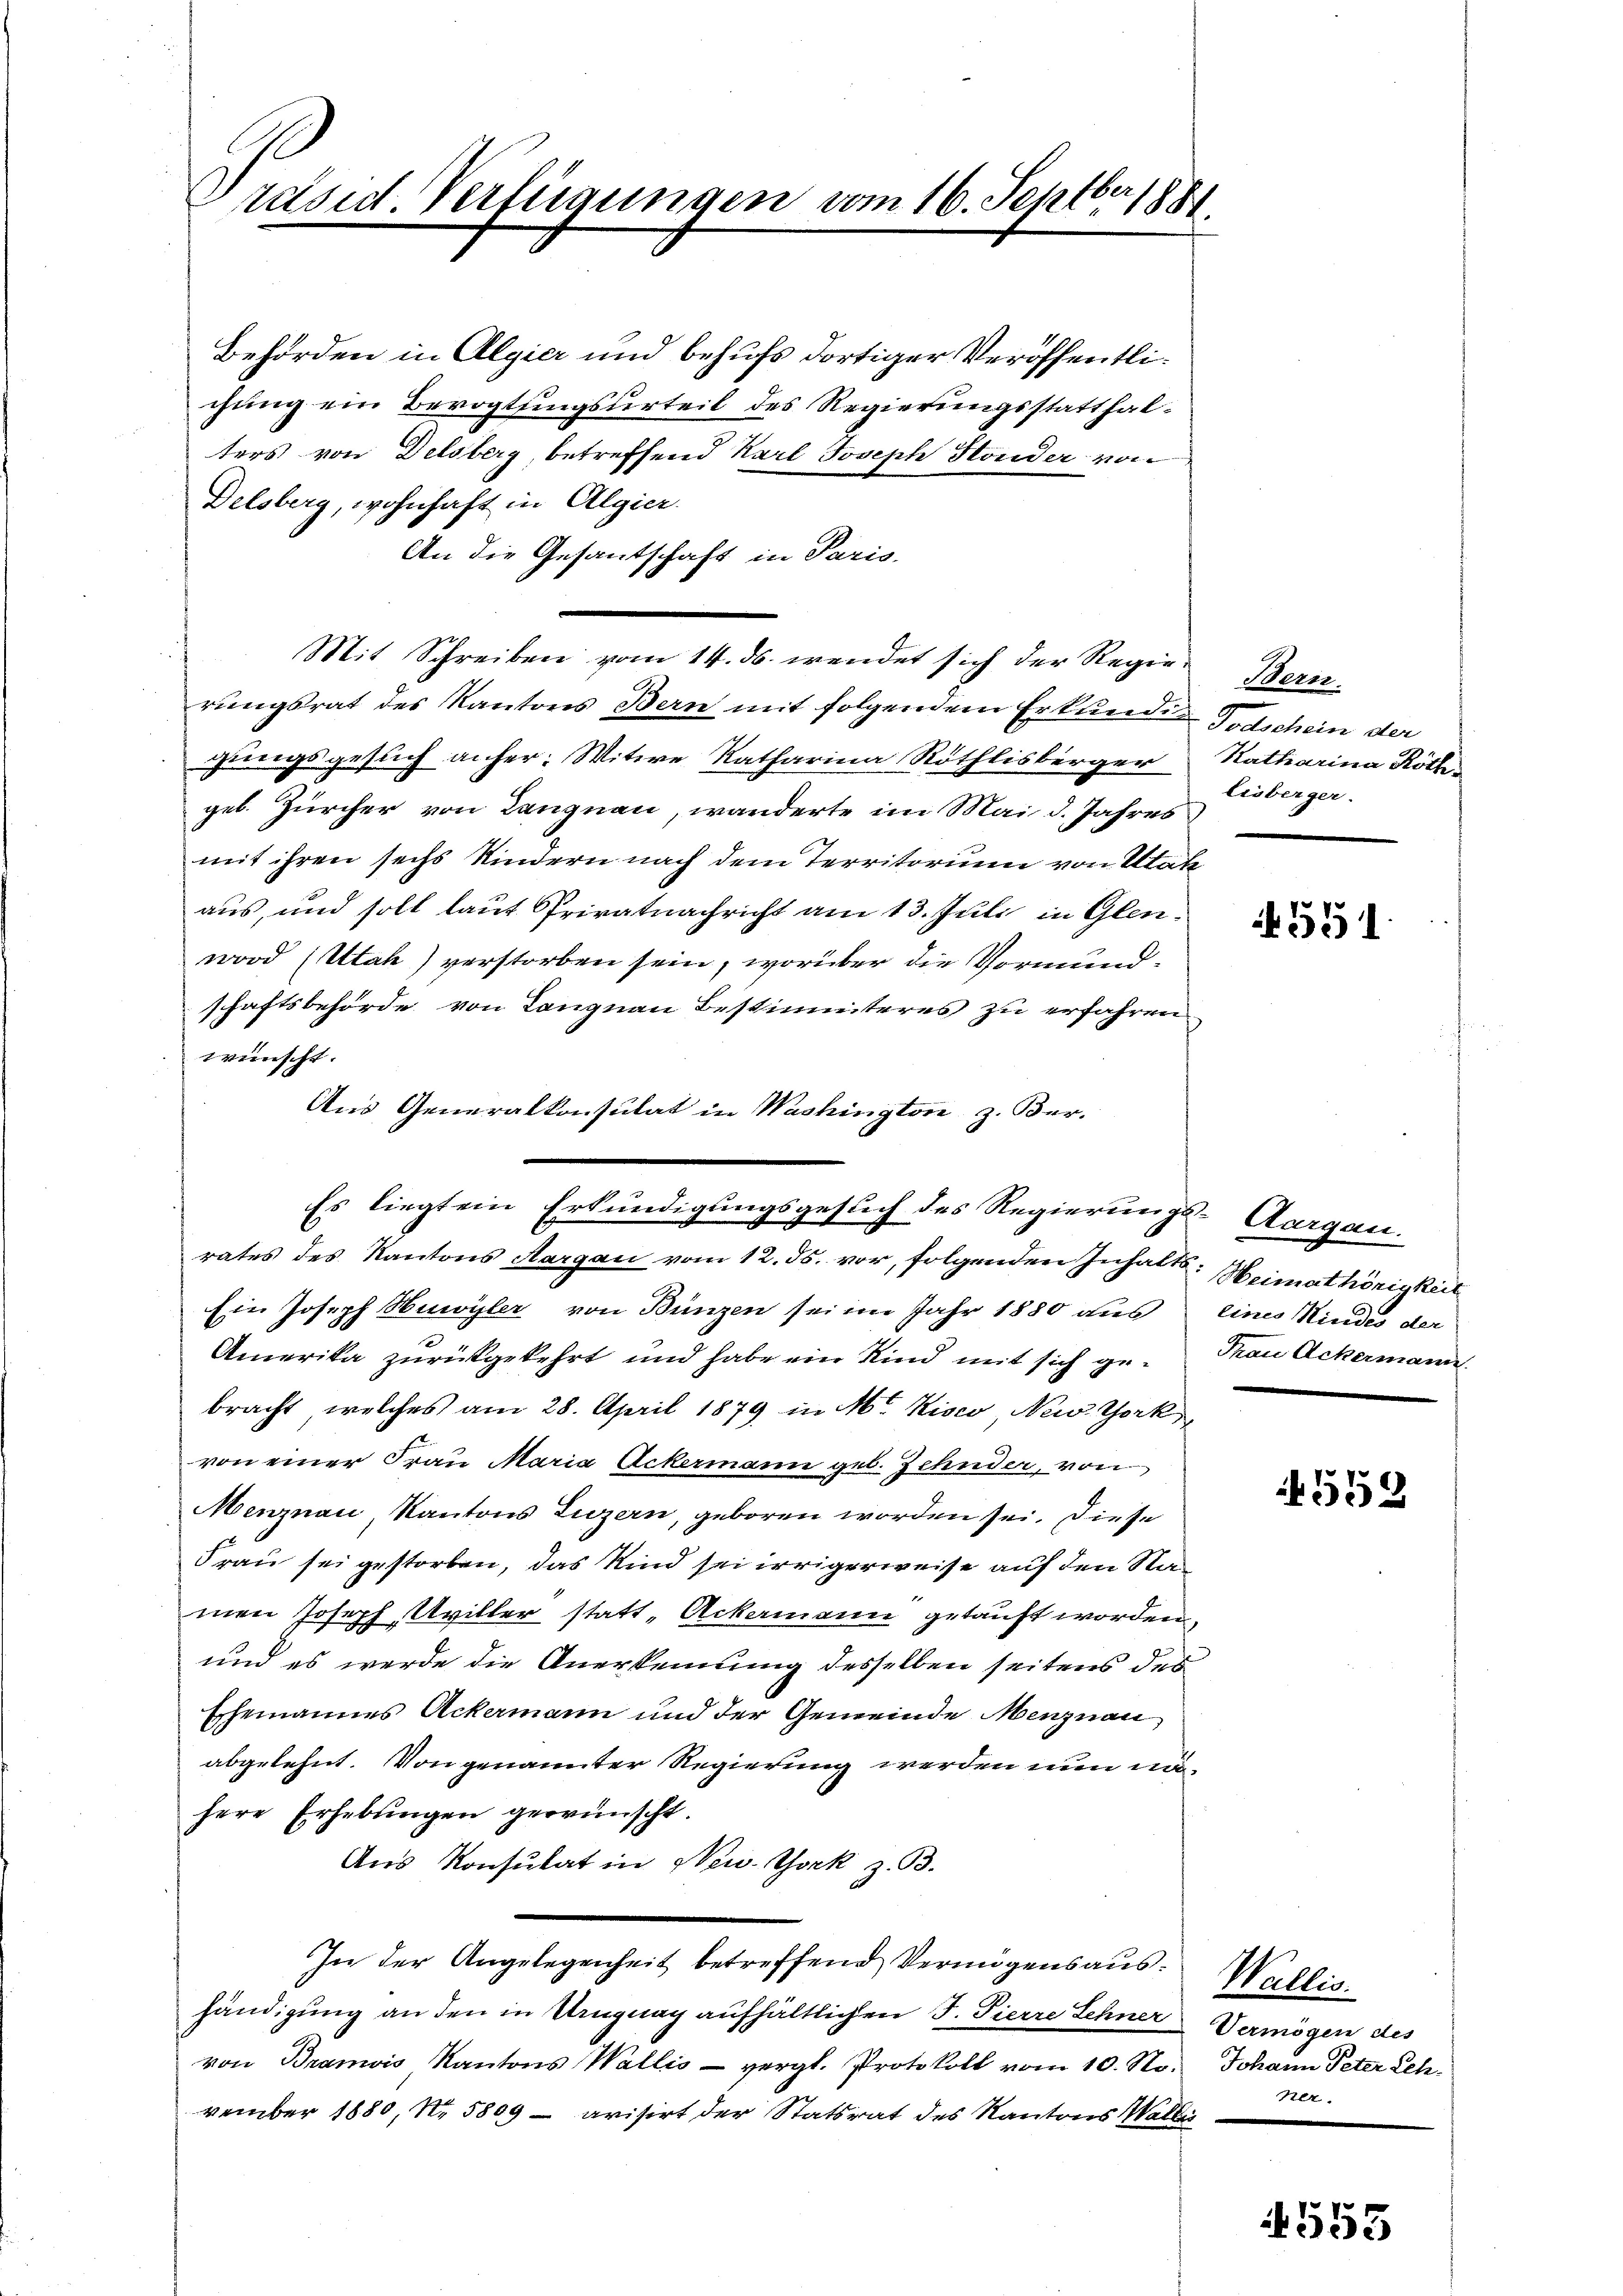
Prased Verfügungen vom 16. Septbr 1881.

Behörden in Algier und behufs dortiger Veröffentlichung ein Bevogtsingsurteil des Regierungsstatthalters von Delsberg, betreffend Karl Joseph Honder von
Delsberg, wohnhaft in Algier
An die Gesantschaft in Paris-
Mit Schreiben vom 14. ds. wendet sich der Regie-Bern.
rungsrat des Kantons Bern mit folgendem Erkunden Todschein der
gungsgesuch anher: Witwe Katharina Röthlisberger Ratharina Röthe
gel. Zürcher von Langnau, wanderte im Mai d. Jahres
mit ihren sechs Kindern nach dem Territorium von State
aus, und soll laut Privatnachricht am 13. Juli in Glenword (Utah) verstorben sein, worüber die Vormundschaftsbehörde von Langnau Bestimmteres zu erfahren
wünscht.
An Generalkonsulat in Washington, z. Ber-
rates des Kantons Aargau vom 12. ds. vor, folgenden Inhalts: Heimathörigkeit
Ein Joseph Huwyler von Bünzen sei im Jahr 1880 aus eines Kindes der
Amerika zurückgekehrt und habe ein Kind mit sich ge- Trau Ackermann
bracht, welches am 28. April 1879 in M. Kisco New York
von einer Frau Maria Ackermann geb. Zehnder, von
Menznau, Kantons Luzern, geboren worden sei. Diese
Frau sei gestorben, das Kind sei irrigerweise auf den Namen Joseph Uviller statt „Ackermann getauft worden,
und es werde die Anerkennung desselben seitens des
Ehemannes Ackermann und der Gemeinde Menznau
abgelehnt. Von genannter Regierung werden nun mühere Erhebungen gewünscht.
Aus Konsulat in New-York z. B.
In der Angelegenheit betreffend Vermögensaushändigung an den in Ungnag aufhältlichen J. Pierre Sehner Vermögen des
von Bramois Kantons Wallis - vergl. Protokoll vom 10. No. Johann Peter Lehvember 1880, No. 5809 - avisirt der Statsrat des Kantons Wallis

Es liegt ein Erkundigungsgesuch des Regierungs-Aargau.

lisberger.

551

553

Wallis.
ner.

555